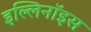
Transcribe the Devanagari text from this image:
इल्लिनॉइस